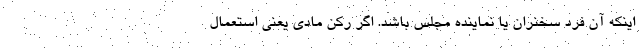
اینکه آن فرد سخنران یا نماینده مجلس باشد. اگر رکن مادی یعنی استعمال